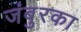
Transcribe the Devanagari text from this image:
जंबुरका